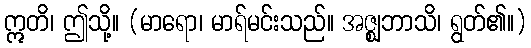
ဣတိ၊ ဤသို့။ (မာရော၊ မာရ်မင်းသည်။ အဇ္ဈဘာသိ၊ ရွတ်၏။)